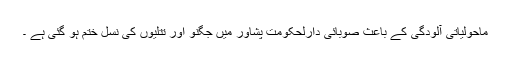
ماحولیاتی آلودگی کے باعث صوبائی دارلحکومت پشاور میں جگنو اور تتلیوں کی نسل ختم ہو گئی ہے ۔